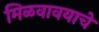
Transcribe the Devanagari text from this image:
मिळवावयाचे